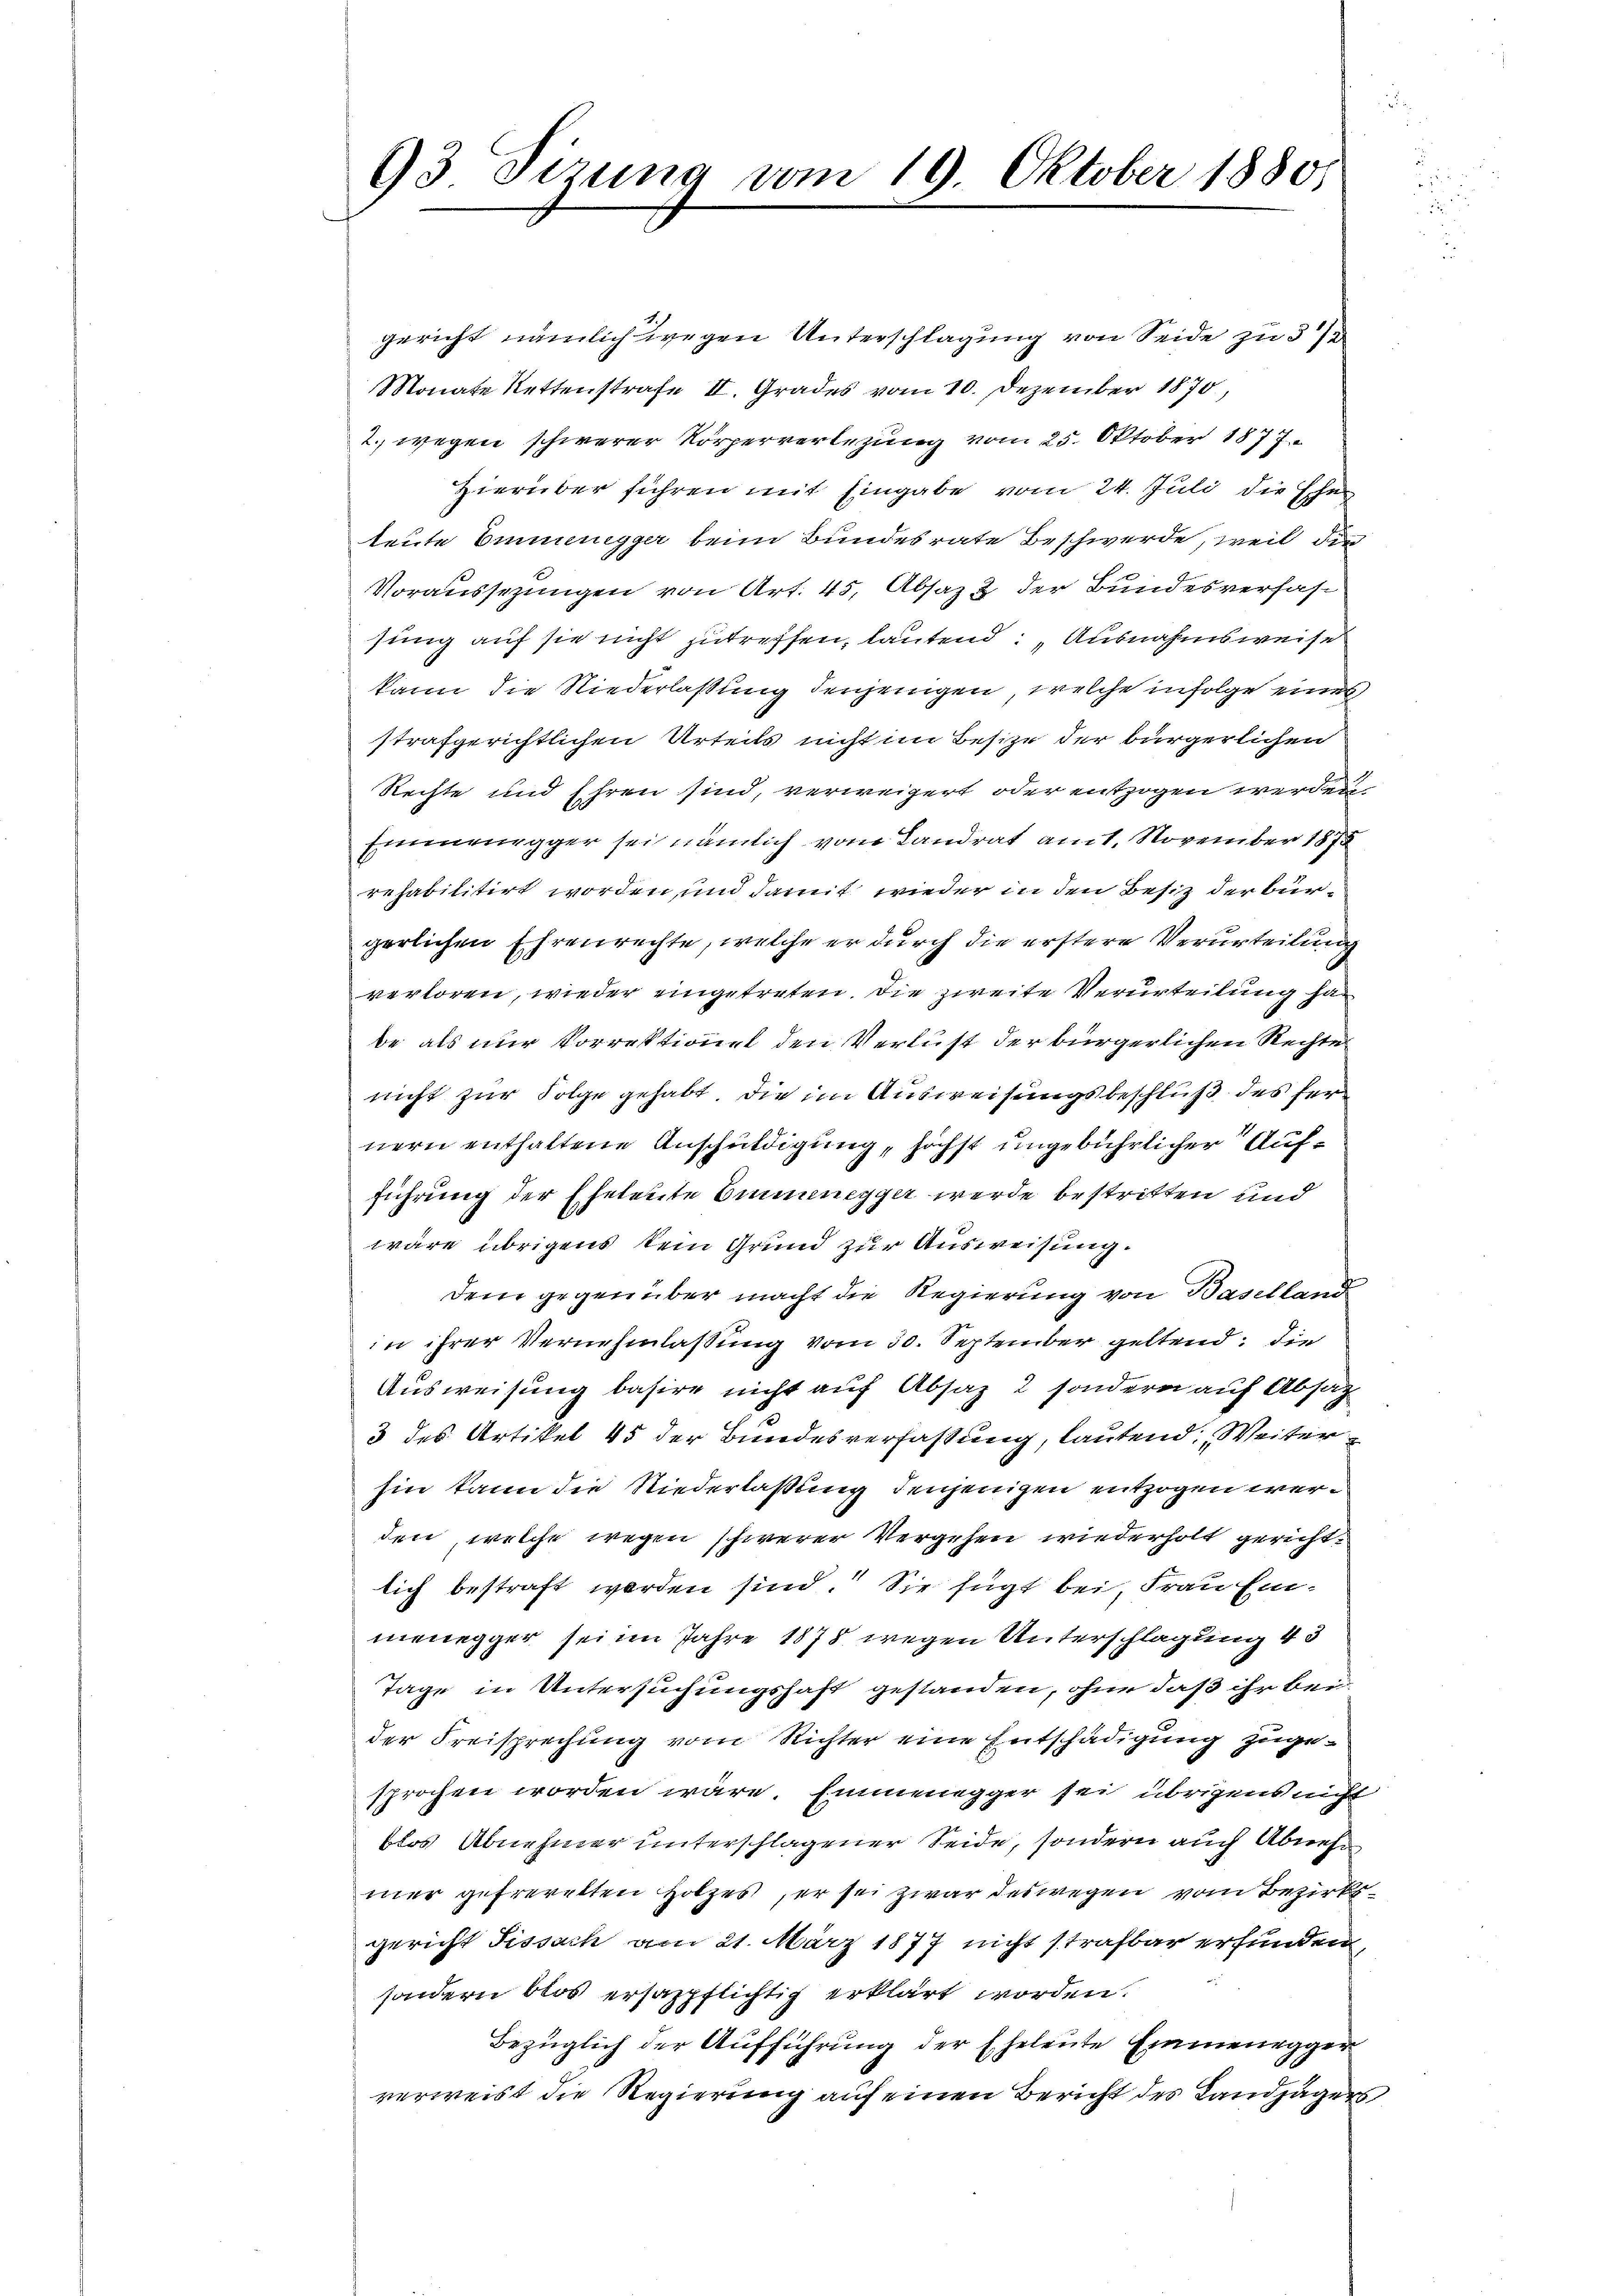
93 Tizung vom 19. Oktober 1880

gericht nämlich wegen Unterschlagung von Seide zu 5 1/
Monate Rettenstrafe II. Grades vom 10. Dezember 1870,
2. wegen schwerer Körperverlegung vom 25. Oktober 1877
Hierüber führen mit Eingabe vom 24. Juli die Ehe
leute Emmenegger beim Bundesrate Beschwerde, weil die
Voraussetzungen von Art. 45, Absaz 2 der Bundesverfassung auf sie nicht zutreffen, lautend: „Ausnahmsweise
kann die Niederlassung denjenigen, welche infolge eines
strafgerichtlichen Urteils nicht im Besize der bürgerlichen
Rechte und Ehren sind, verweigert oder entzogen werden,
Einmaurgger sei nämlich vom Landrat amt. November 1878
rehabilitirt worden, und damit wieder in den Besitz der Bürgerlichen Ehrenrechte, welche er durch die erstere Verurteilung
verloren, wieder eingetreten. Die zweite Verurteilung ha
be als nur Vorrektionel den Verlust der bürgerlichen Rechte
nicht zur Folge gehabt. Die im Ausweisungsbeschluß des fer
nern enthaltene Anschuldigung, höchst ungebührlicher Aufführung der Eheleute Emmenegger werde bestritten und
wäre übrigens kein Grund zur Ausweisung.
dem gegenüber macht die Regierung von Baselland
in ihrer Vernehmlassung vom 30. September geltend: die
Ausweisung basire nicht auf Absatz 2 sondern auf Absag
3 des Artikel 45 der Bundesverfassung, lautend: „Weiter
hin kann die Niederlaßung denjenigen entzogen werden, welche wegen schwerer Vergehen wiederholt gerichtlich bestraft werden sind. Sie fügt bei, Frau Einmenegger sei im Jahre 1878 wegen Unterschlagung 43
Tage in Untersuchungshaft gestanden, ohne daß ihr bei
der Freisprechung vom Richter eine Entschädigung zugesprochen worden wäre. Emmenegger sei übrigens nicht
blos Abnehmer unterschlagener Seide, sondern auch Abnehm
mer gefrevetten Holzes, er sei zwar deswegen vom Bezirksgericht Fissach am 21. März 1877 nicht strafbar erfunden,
sondern blos ersappflichtig erklärt worden.
Bezüglich der Aufführung der Eheleute Einmenegger
verweist die Regierung auf einen Bericht des Landjägers